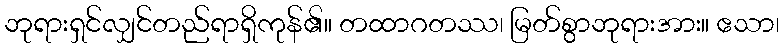
ဘုရားရှင်လျှင်တည်ရာရှိကုန်၏။ တထာဂတဿ၊ မြတ်စွာဘုရားအား။ ဧသာ၊